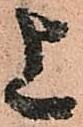
上